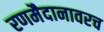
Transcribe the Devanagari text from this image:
रणमैदानावरच